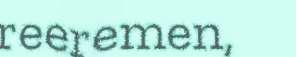
reeremen,